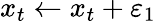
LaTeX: x_{t}\gets x_{t}+\varepsilon_{1}